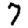
Digit: 7